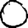
Digit: 0